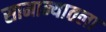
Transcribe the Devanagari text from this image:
सामान्यातला